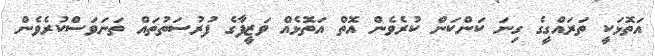
އަތޮޅަކީ ތަރައްގީގެ ގިނަ ކަންކަން ކުރެވެން އޮތް އަތޮޅެއް ވަޒީފާގެ ފުރުސަތުތައް ތަނަވަސްކުރެވެން